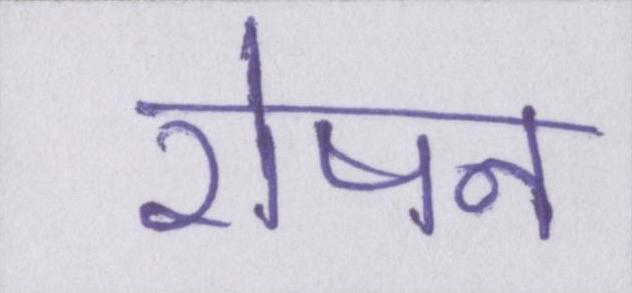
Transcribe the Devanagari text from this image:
रोषन